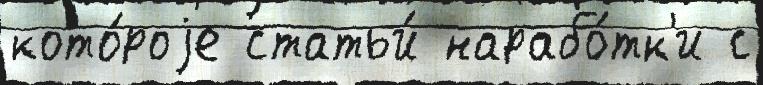
кото́роjе статьи́ нарабо́тк'и с